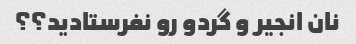
نان انجیر و گردو رو نفرستادید؟؟